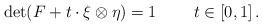
LaTeX: \begin{align*}\det(F+t\cdot\xi\otimes\eta)=1 \qquad\;t\in[0,1]\,.\end{align*}